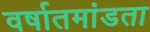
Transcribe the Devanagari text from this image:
वर्षातमांडता